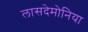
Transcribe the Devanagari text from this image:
लासदेमोनिया